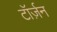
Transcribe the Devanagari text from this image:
टॉर्ज़न